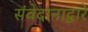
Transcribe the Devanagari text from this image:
संवेदानाद्वारे